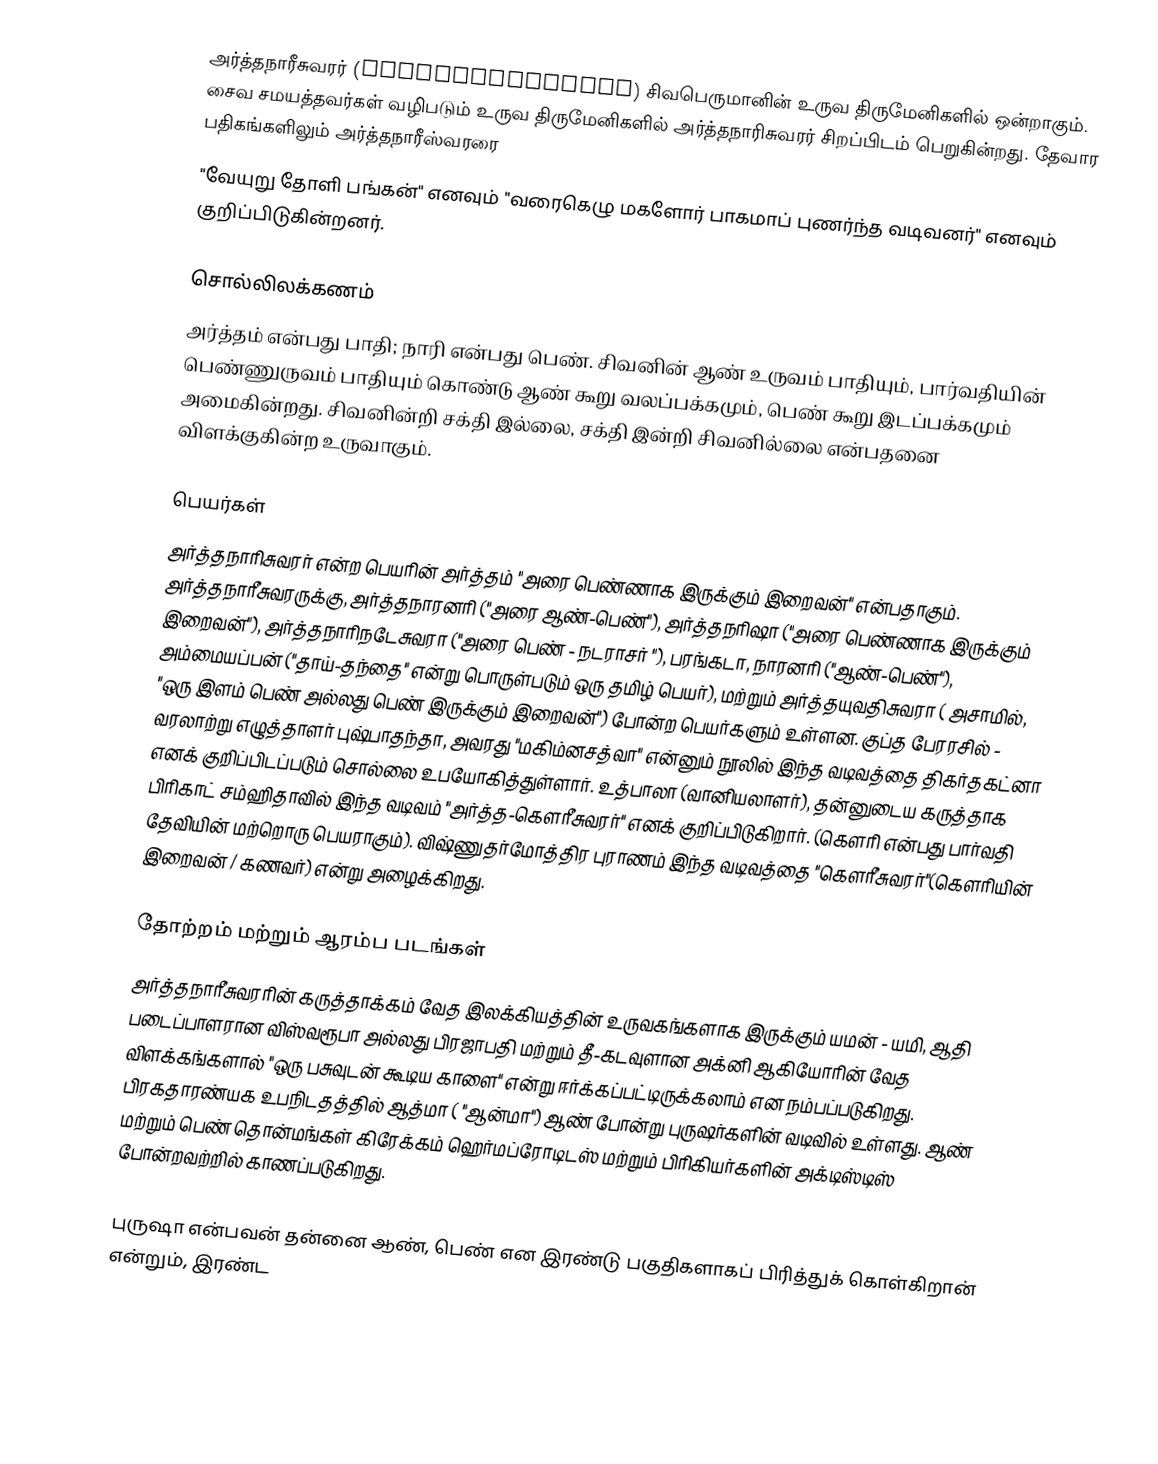
அர்த்தநாரீசுவரர் (Ardhanarishvara) சிவபெருமானின் உருவ திருமேனிகளில் ஒன்றாகும். சைவ சமயத்தவர்கள் வழிபடும் உருவ திருமேனிகளில் அர்த்தநாரிசுவரர் சிறப்பிடம் பெறுகின்றது. தேவார பதிகங்களிலும் அர்த்தநாரீஸ்வரரை
"வேயுறு தோளி பங்கன்" எனவும் "வரைகெழு மகளோர் பாகமாப் புணர்ந்த வடிவனர்" எனவும்  குறிப்பிடுகின்றனர்.

சொல்லிலக்கணம்
அர்த்தம் என்பது பாதி; நாரி என்பது பெண். சிவனின் ஆண் உருவம் பாதியும், பார்வதியின் பெண்ணுருவம் பாதியும் கொண்டு ஆண் கூறு வலப்பக்கமும், பெண் கூறு இடப்பக்கமும் அமைகின்றது. சிவனின்றி சக்தி இல்லை, சக்தி இன்றி சிவனில்லை என்பதனை விளக்குகின்ற உருவாகும்.

பெயர்கள்
அர்த்தநாரிசுவரர் என்ற பெயரின் அர்த்தம் "அரை பெண்ணாக இருக்கும் இறைவன்" என்பதாகும்.  அர்த்தநாரீசுவரருக்கு, அர்த்தநாரனரி ("அரை ஆண்-பெண்"), அர்த்தநரிஷா ("அரை பெண்ணாக இருக்கும் இறைவன்"), அர்த்தநாரிநடேசுவரா ("அரை பெண் - நடராசர் "),   பரங்கடா,  நாரனரி ("ஆண்-பெண்"), அம்மையப்பன் ("தாய்-தந்தை" என்று பொருள்படும் ஒரு தமிழ் பெயர்),  மற்றும் அர்த்தயுவதிசுவரா ( அசாமில், "ஒரு இளம் பெண் அல்லது பெண் இருக்கும் இறைவன்") போன்ற பெயர்களும் உள்ளன. குப்த பேரரசில் - வரலாற்று எழுத்தாளர் புஷ்பாதந்தா, அவரது "மகிம்னசத்வா"  என்னும் நூலில் இந்த வடிவத்தை திகர்தகட்னா எனக் குறிப்பிடப்படும் சொல்லை உபயோகித்துள்ளார். உத்பாலா (வானியலாளர்), தன்னுடைய கருத்தாக பிரிகாட் சம்ஹிதாவில் இந்த வடிவம் "அர்த்த-கௌரீசுவரர்" எனக் குறிப்பிடுகிறார். (கௌரி என்பது பார்வதி  தேவியின் மற்றொரு பெயராகும்). விஷ்ணுதர்மோத்திர புராணம் இந்த வடிவத்தை "கௌரீசுவரர்"(கௌரியின் இறைவன் / கணவர்) என்று அழைக்கிறது.

தோற்றம் மற்றும் ஆரம்ப படங்கள்
அர்த்தநாரீசுவரரின்  கருத்தாக்கம் வேத இலக்கியத்தின் உருவகங்களாக இருக்கும் யமன் - யமி,   ஆதி படைப்பாளரான விஸ்வரூபா அல்லது பிரஜாபதி மற்றும் தீ-கடவுளான அக்னி ஆகியோரின் வேத விளக்கங்களால் "ஒரு பசுவுடன் கூடிய காளை" என்று ஈர்க்கப்பட்டிருக்கலாம் என நம்பப்படுகிறது.   பிரகதாரண்யக உபநிடதத்தில் ஆத்மா ( "ஆன்மா") ஆண் போன்று புருஷர்களின் வடிவில் உள்ளது. ஆண் மற்றும் பெண் தொன்மங்கள் கிரேக்கம் ஹெர்மப்ரோடிடஸ் மற்றும் பிரிகியர்களின் அக்டிஸ்டிஸ் போன்றவற்றில் காணப்படுகிறது.

புருஷா என்பவன் தன்னை ஆண், பெண் என இரண்டு பகுதிகளாகப் பிரித்துக் கொள்கிறான் என்றும், இரண்ட